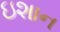
ઇશાન